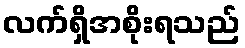
လက်ရှိအစိုးရသည်